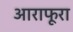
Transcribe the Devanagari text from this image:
आराफूरा